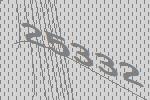
25332